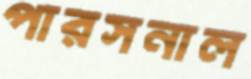
পারসনাল